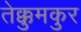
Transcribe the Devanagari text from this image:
तेक्कुमकुर